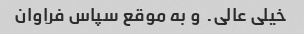
خیلی عالی. ‌ و به موقع سپاس فراوان